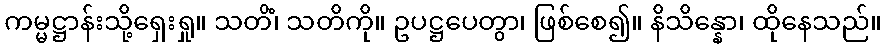
ကမ္မဋ္ဌာန်းသို့ရှေးရှု။ သတိံ၊ သတိကို။ ဥပဋ္ဌပေတွာ၊ ဖြစ်စေ၍။ နိသိန္နော၊ ထိုနေသည်။